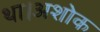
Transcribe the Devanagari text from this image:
था।अशोक